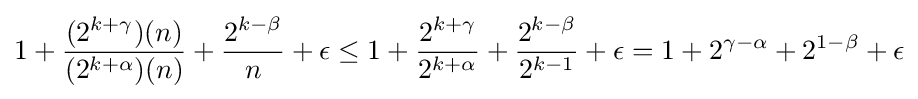
1+{\frac {(2^{k+\gamma })(n)}{(2^{k+\alpha })(n)}}+{\frac {2^{k-\beta }}{n}}+\epsilon \leq 1+{\frac {2^{k+\gamma }}{2^{k+\alpha }}}+{\frac {2^{k-\beta }}{2^{k-1}}}+\epsilon =1+2^{\gamma -\alpha }+2^{1-\beta }+\epsilon